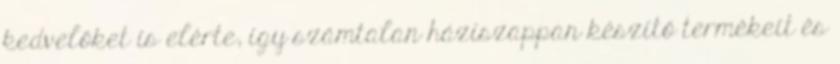
kedvelőket is elérte, így számtalan háziszappan készítő termékeit és